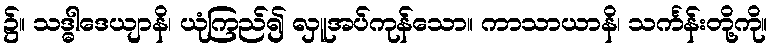
၌။ သဒ္ဓါဒေယျာနိ၊ ယုံကြည်၍ လှူအပ်ကုန်သော။ ကာသာယာနိ၊ သင်္ကန်းတို့ကို။